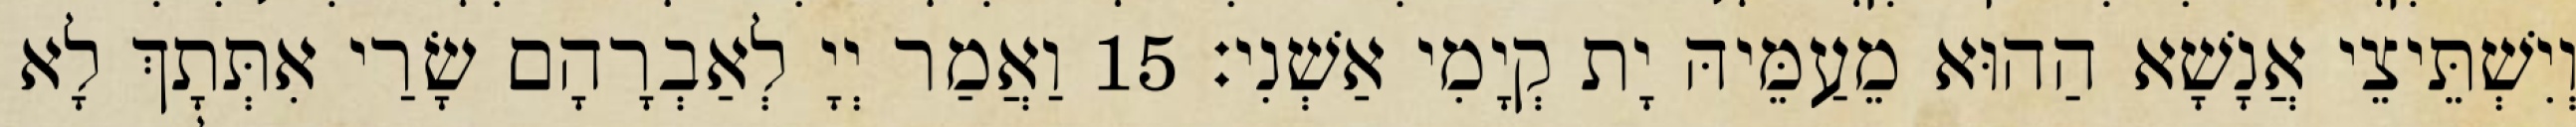
וְיִשְׁתֵּיצֵי אֲנָשָׁא הַהוּא מֵעַמֵּיהּ יָת קְיָמִי אַשְׁנִי׃ 15 וַאֲמַר יְיָ לְאַבְרָהָם שָׂרַי אִתְּתָךְ לָא